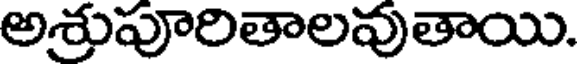
అశ్రుపూరితాలవుతాయి.